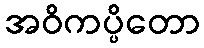
အဝိကပ္ပိတော